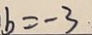
b = - 3 .